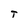
Character: t